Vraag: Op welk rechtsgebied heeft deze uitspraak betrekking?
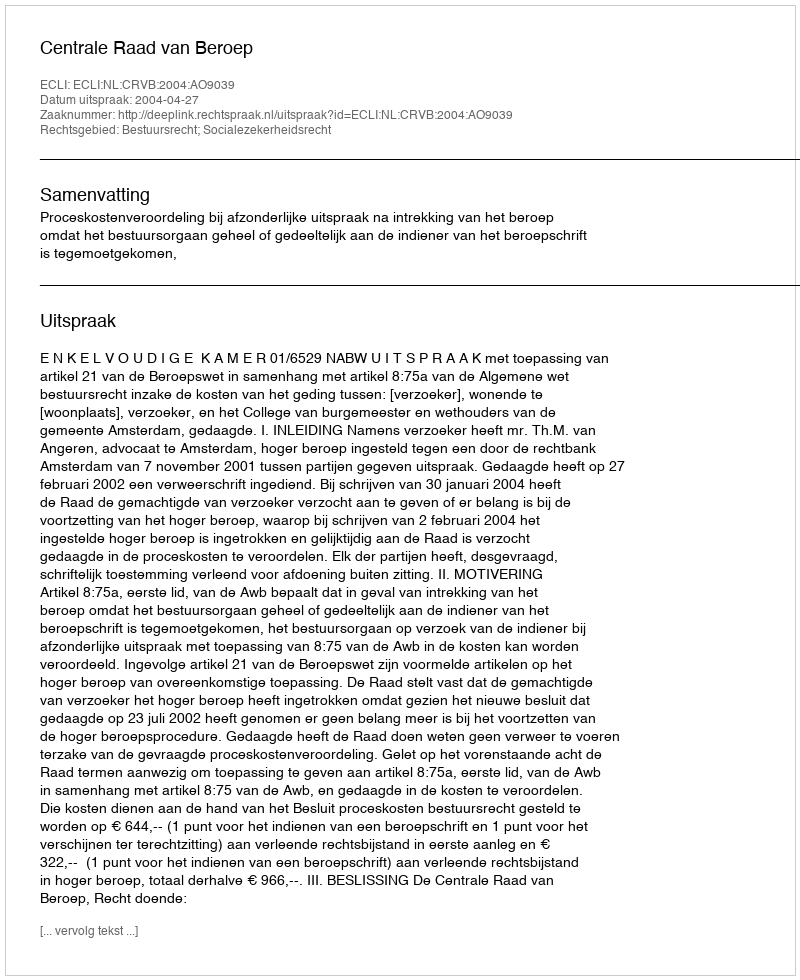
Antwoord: Bestuursrecht; Socialezekerheidsrecht